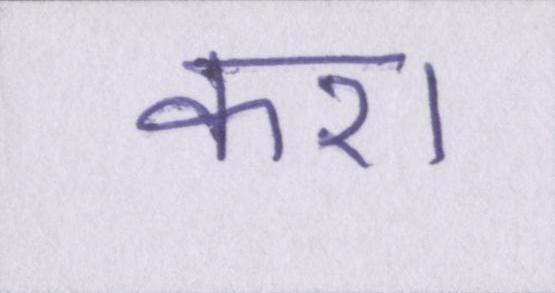
करा